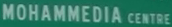
MOHAMMEDIA CENTRE